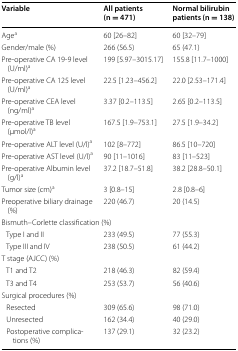
| Variable | All patients (n = 471) | Normal bilirubin patients (n = 138) |
 | --- | --- | --- |
 | Agea | 60 [26–82] | 60 [32–79] |
 | Gender/male (%) | 266 (56.5) | 65 (47.1) |
 | Pre-operative CA 19-9 level (U/ml)a | 199 [5.97–3015.17] | 155.8 [11.7–1000] |
 | Pre-operative CA 125 level (U/ml)a | 22.5 [1.23–456.2] | 22.0 [2.53–171.4] |
 | Pre-operative CEA level (ng/ml)a | 3.37 [0.2–113.5] | 2.65 [0.2–113.5] |
 | Pre-operative TB level (μmol/l)a | 167.5 [1.9–753.1] | 27.5 [1.9–34.2] |
 | Pre-operative ALT level (U/l)a | 102 [8–772] | 86.5 [10–720] |
 | Pre-operative AST level (U/l)a | 90 [11–1016] | 83 [11–523] |
 | Pre-operative Albumin level (g/l)a | 37.2 [18.7–51.8] | 38.2 [28.8–50.1] |
 | Tumor size (cm)a | 3 [0.8–15] | 2.8 [0.8–6] |
 | Preoperative biliary drainage (%) | 220 (46.7) | 20 (14.5) |
 | <COLSPAN=3> Bismuth–Corlette classification (%) |
 | Type I and II | 233 (49.5) | 77 (55.3) |
 | Type III and IV | 238 (50.5) | 61 (44.2) |
 | <COLSPAN=3> T stage (AJCC) (%) |
 | T1 and T2 | 218 (46.3) | 82 (59.4) |
 | T3 and T4 | 253 (53.7) | 56 (40.6) |
 | <COLSPAN=3> Surgical procedures (%) |
 | Resected | 309 (65.6) | 98 (71.0) |
 | Unresected | 162 (34.4) | 40 (29.0) |
 | Postoperative complications (%) | 137 (29.1) | 32 (23.2) |